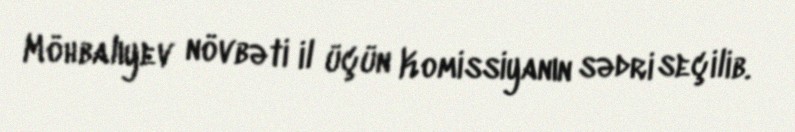
Möhbalıyev növbəti il üçün Komissiyanın sədri seçilib.